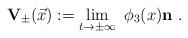
LaTeX: \begin{align*}{\mathbf{V}}_{\pm}(\vec{x}) := \lim_{t \to \pm \infty}\ \phi_3(x){\mathbf{n}} ~.\end{align*}